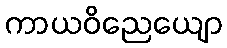
ကာယဝိညေယျော